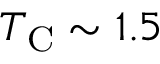
T _ { \mathrm { C } } \sim 1 . 5